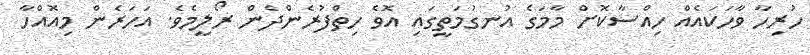
ހުރިހާ ވާހަކައެއް ހިއްސާކޮށް މާމަގެ އުނގުމަތީގައި އޮވެ ހިތްފުރެންދެން ރޯލީމެވެ. އަހަރެން މިއޮއްހާ